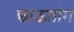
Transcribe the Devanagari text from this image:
छाऊतांग